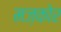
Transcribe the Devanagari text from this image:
मज़कोर